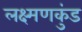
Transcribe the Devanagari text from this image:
लक्ष्मणकुंड